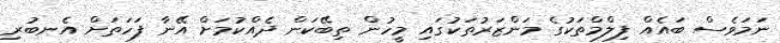
ނަމަވެސް ބައެއް ފިލްމްތަކުގެ މަންޒަރުތަކުގައި މީހުން ތިބޭކަން ދެއްކުމަށް އޭނާ ފަހަތަށް އެނބުރި